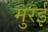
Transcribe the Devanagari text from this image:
मुरई